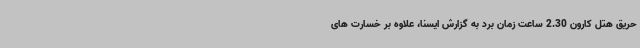
حریق هتل کارون 2.30 ساعت زمان برد به گزارش ایسنا، علاوه بر خسارت های